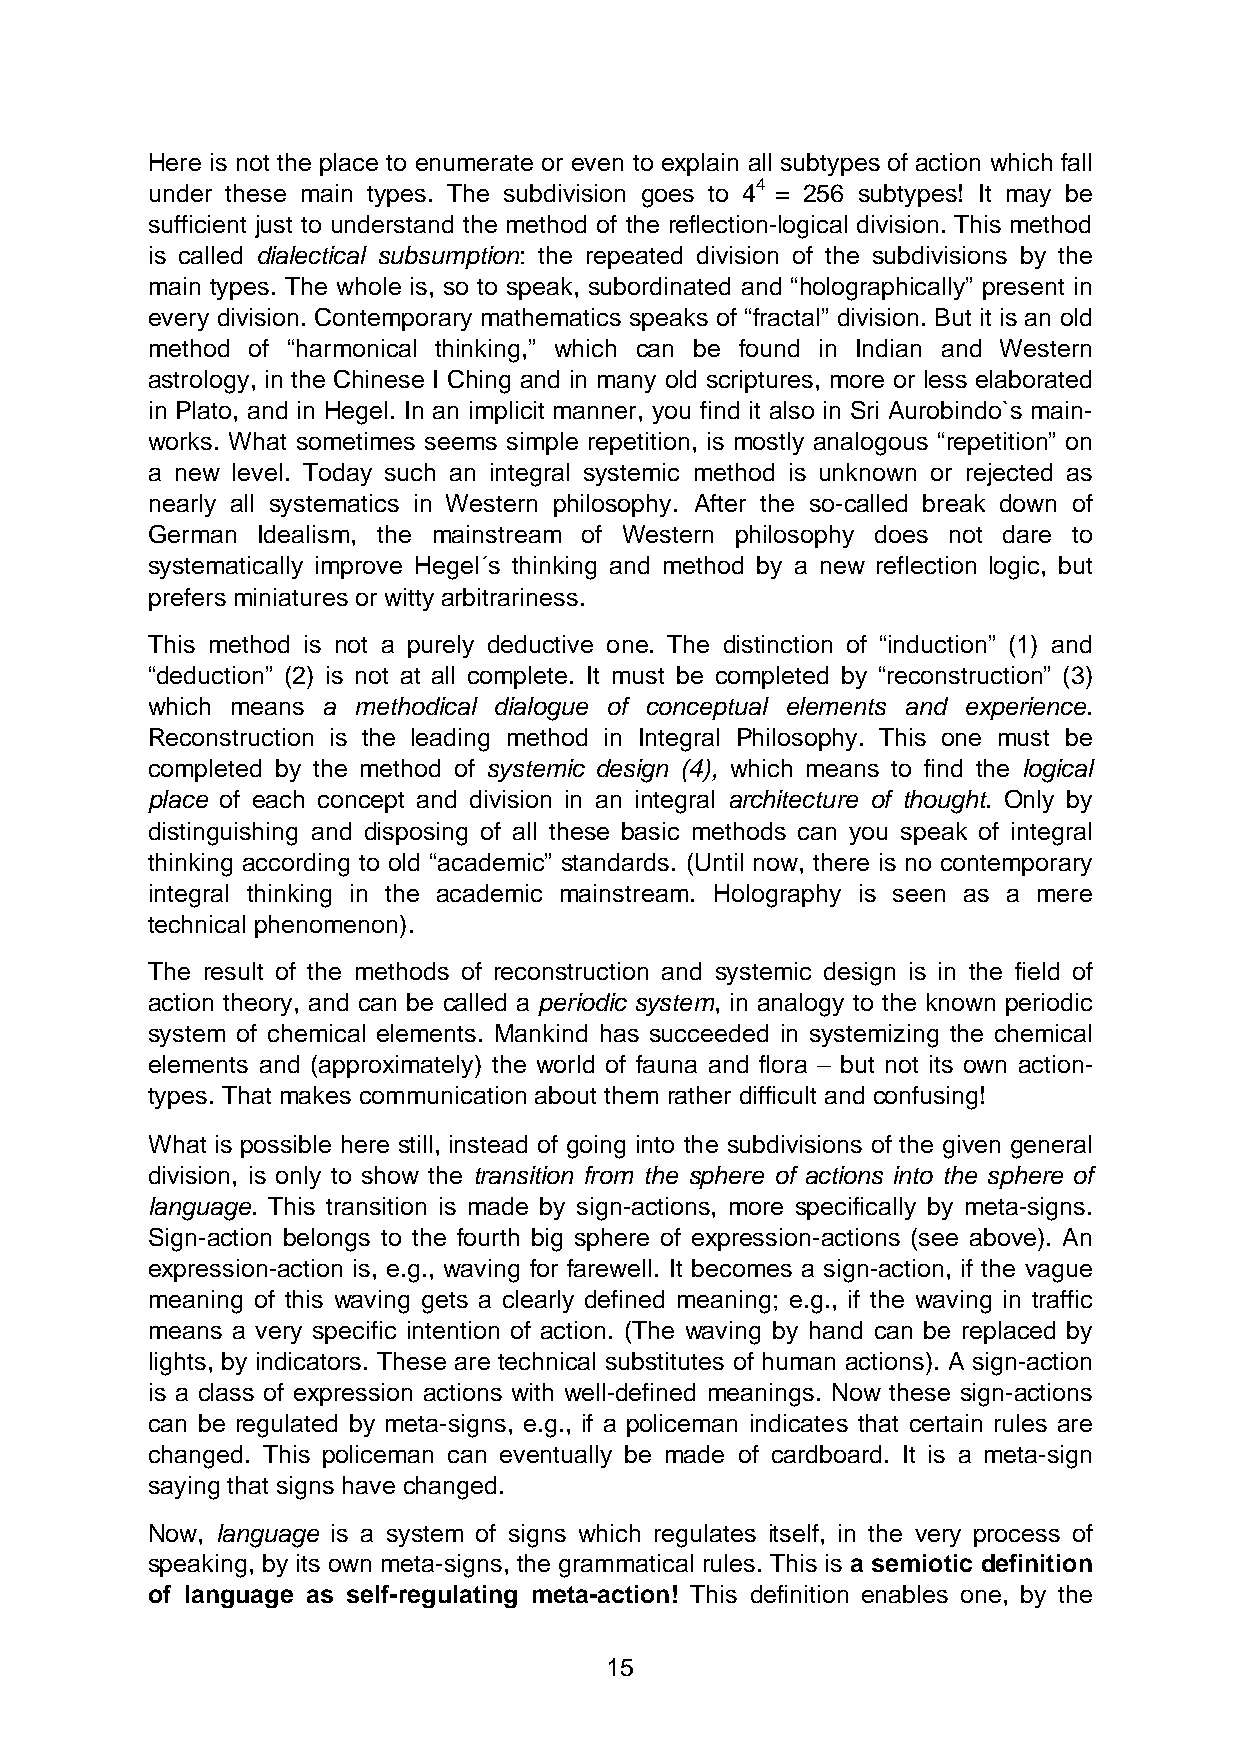
Here is not the place to enumerate or even to explain all subtypes of action which fall
 under these main types. The subdivision goes to 44 = 256 subtypes! It may be
 sufficient just to understand the method of the reflection-logical division. This method
 is called dialectical subsumption: the repeated division of the subdivisions by the
 main types. The whole is, so to speak, subordinated and “holographically” present in
 every division. Contemporary mathematics speaks of “fractal” division. But it is an old
 method of “harmonical thinking,” which can be found in Indian and Western
 astrology, in the Chinese I Ching and in many old scriptures, more or less elaborated
 in Plato, and in Hegel. In an implicit manner, you find it also in Sri Aurobindo`s main-
 works. What sometimes seems simple repetition, is mostly analogous “repetition” on
 a new level. Today such an integral systemic method is unknown or rejected as
 nearly all systematics in Western philosophy. After the so-called break down of
 German Idealism, the mainstream of Western philosophy does not dare to
 systematically improve Hegel´s thinking and method by a new reflection logic, but
 prefers miniatures or witty arbitrariness.
 This method is not a purely deductive one. The distinction of “induction” (1) and
 “deduction” (2) is not at all complete. It must be completed by “reconstruction” (3)
 which means a methodical dialogue of conceptual elements and experience.
 Reconstruction is the leading method in Integral Philosophy. This one must be
 completed by the method of systemic design (4), which means to find the logical
 place of each concept and division in an integral architecture of thought. Only by
 distinguishing and disposing of all these basic methods can you speak of integral
 thinking according to old “academic” standards. (Until now, there is no contemporary
 integral thinking in the academic mainstream. Holography is seen as a mere
 technical phenomenon).
 The result of the methods of reconstruction and systemic design is in the field of
 action theory, and can be called a periodic system, in analogy to the known periodic
 system of chemical elements. Mankind has succeeded in systemizing the chemical
 elements and (approximately) the world of fauna and flora – but not its own action-
 types. That makes communication about them rather difficult and confusing!
 What is possible here still, instead of going into the subdivisions of the given general
 division, is only to show the transition from the sphere of actions into the sphere of
 language. This transition is made by sign-actions, more specifically by meta-signs.
 Sign-action belongs to the fourth big sphere of expression-actions (see above). An
 expression-action is, e.g., waving for farewell. It becomes a sign-action, if the vague
 meaning of this waving gets a clearly defined meaning; e.g., if the waving in traffic
 means a very specific intention of action. (The waving by hand can be replaced by
 lights, by indicators. These are technical substitutes of human actions). A sign-action
 is a class of expression actions with well-defined meanings. Now these sign-actions
 can be regulated by meta-signs, e.g., if a policeman indicates that certain rules are
 changed. This policeman can eventually be made of cardboard. It is a meta-sign
 saying that signs have changed.
 Now, language is a system of signs which regulates itself, in the very process of
 speaking, by its own meta-signs, the grammatical rules. This is a semiotic definition
 of language as self-regulating meta-action! This definition enables one, by the
 15